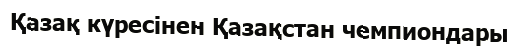
Қазақ күресінен Қазақстан чемпиондары